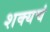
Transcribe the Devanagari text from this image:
शक्यचं